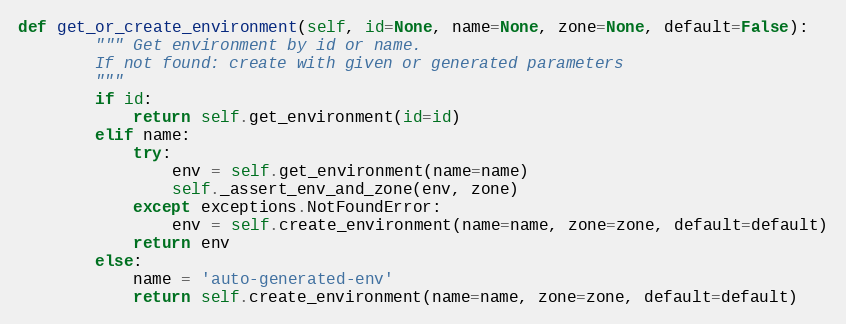
Language: Python
def get_or_create_environment(self, id=None, name=None, zone=None, default=False):
        """ Get environment by id or name.
        If not found: create with given or generated parameters
        """
        if id:
            return self.get_environment(id=id)
        elif name:
            try:
                env = self.get_environment(name=name)
                self._assert_env_and_zone(env, zone)
            except exceptions.NotFoundError:
                env = self.create_environment(name=name, zone=zone, default=default)
            return env
        else:
            name = 'auto-generated-env'
            return self.create_environment(name=name, zone=zone, default=default)